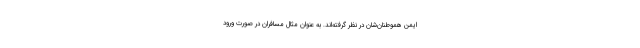
ایمن هموطنان‌شان در نظر گرفته‌اند. به عنوان مثال مسافران در صورت ورود